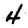
Digit: 4